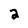
Character: 2